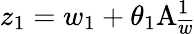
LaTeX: z_{1}=w_{1}+\theta_{1}\mathrm{A}_{\overline{{{w}}}}^{1}